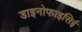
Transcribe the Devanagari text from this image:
डाइनोफाइसिई